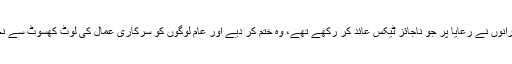
سابق حکمرانوں نے رعایا پر جو ناجائز ٹیکس عائد کر رکھے تھے، وہ ختم کر دیے اور عام لوگوں کو سرکاری عمال کی لوٹ کھسوٹ سے نجات دلائی۔